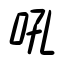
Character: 吼